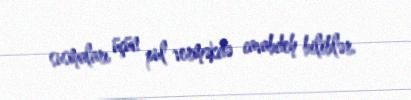
susmaları üçün pul verməkdə cavabdeh biliblər.